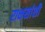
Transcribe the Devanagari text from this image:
राक्षसांशी